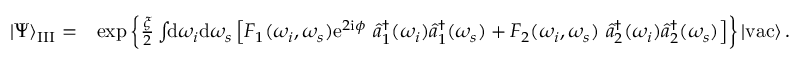
\begin{array} { r l } { | \Psi \rangle _ { \mathrm { I I I } } = } & { \exp \left\{ \frac { \xi } { 2 } \int \! \! \mathrm { d } \omega _ { i } \mathrm { d } \omega _ { s } \left[ F _ { 1 } ( \omega _ { i } , \omega _ { s } ) \mathrm { e } ^ { 2 \mathrm { i } \phi } \, \, \hat { a } _ { 1 } ^ { \dagger } ( \omega _ { i } ) \hat { a } _ { 1 } ^ { \dagger } ( \omega _ { s } ) + F _ { 2 } ( \omega _ { i } , \omega _ { s } ) \, \, \hat { a } _ { 2 } ^ { \dagger } ( \omega _ { i } ) \hat { a } _ { 2 } ^ { \dagger } ( \omega _ { s } ) \right] \right\} | \mathrm { v a c } \rangle \, . } \end{array}